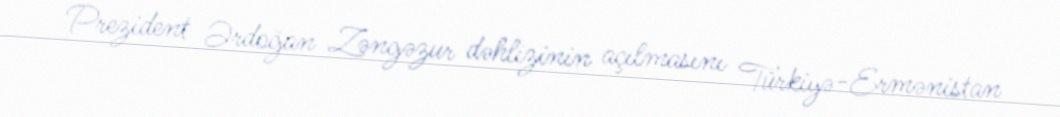
Prezident Ərdoğan Zəngəzur dəhlizinin açılmasını Türkiyə-Ermənistan